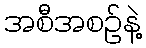
အစီအစဉ်နဲ့